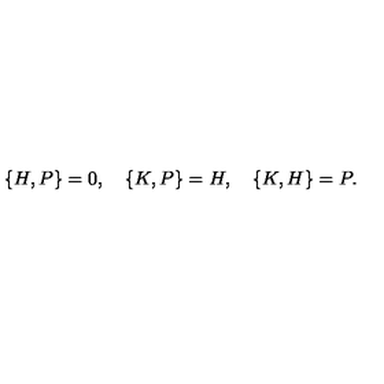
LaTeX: \{ H , P \} = 0 , \quad \{ K , P \} = H , \quad \{ K , H \} = P .